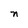
Character: n